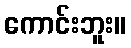
ကောင်းဘူး။